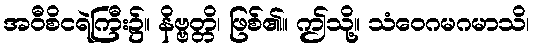
အဝီစိငရဲကြီး၌။ နိဗ္ဗတ္တိ၊ ဖြစ်၏။ ဤသို့။ သံဝေဂမဂမာသိ၊